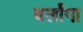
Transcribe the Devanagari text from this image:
बर्लांगा